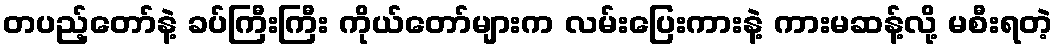
တပည့်တော်နဲ့ ခပ်ကြီးကြီး ကိုယ်တော်များက လမ်းပြေးကားနဲ့ ကားမဆန့်လို့ မစီးရတဲ့